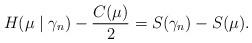
LaTeX: \begin{align*}H ( \mu \mid \gamma_n ) -\frac{C(\mu)}{2}=S ( \gamma_n ) - S ( \mu ).\end{align*}